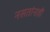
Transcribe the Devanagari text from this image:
नसतांनाहीं